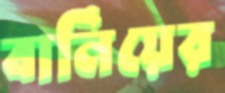
বার্নিয়ের